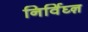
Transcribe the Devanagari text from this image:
निर्विघ्ऩ